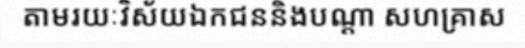
តាមរយៈវិស័យឯកជននិងបណ្តា សហគ្រាស